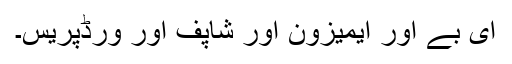
ای بے اور ایمیزون اور شاپف اور ورڈپریس۔